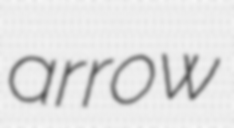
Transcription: arrow